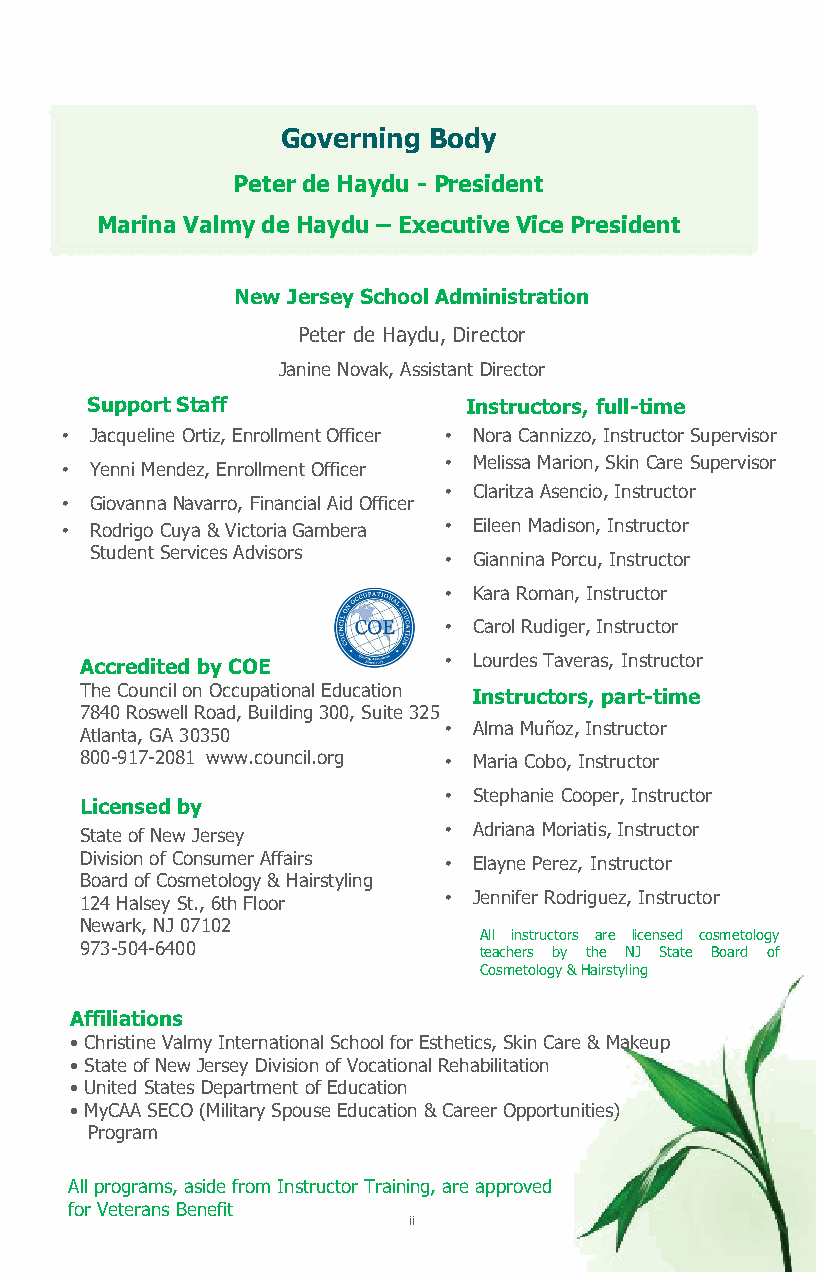
Governing Body
 Peter de Haydu - President
 Marina Valmy de Haydu – Executive Vice President
 New Jersey School Administration
 Peter de Haydu, Director
 Janine Novak, Assistant Director
 Support Staff            Instructors, full-time
 • Jacqueline Ortiz, Enrollment Officer • Nora Cannizzo, Instructor Supervisor
 • Yenni Mendez, Enrollment Officer • Melissa Marion, Skin Care Supervisor
 • Claritza Asencio, Instructor
 • Giovanna Navarro, Financial Aid Officer
 • Rodrigo Cuya & Victoria Gambera • Eileen Madison, Instructor
 Student Services Advisors • Giannina Porcu, Instructor
 • Kara Roman, Instructor
 • Carol Rudiger, Instructor
 Accredited by COE       • Lourdes Taveras, Instructor
 The Council on Occupational Education
 I nstructors, part-time
 7840 Roswell Road, Building 300, Suite 325
 Atlanta, GA 30350
 • Alma Muñoz, Instructor
 800-917-2081 www.council.org • Maria Cobo, Instructor
 • Stephanie Cooper, Instructor
 Licensed by
 • Adriana Moriatis, Instructor
 State of New Jersey
 Division of Consumer Affairs • Elayne Perez, Instructor
 Board of Cosmetology & Hairstyling
 • Jennifer Rodriguez, Instructor
 124 Halsey St., 6th Floor
 Newark, NJ 07102
 All instructors are licensed cosmetology
 973-504-6400               teachers by the NJ State Board of
 Cosmetology & Hairstyling
 Affiliations
 • Christine Valmy International School for Esthetics, Skin Care & Makeup
 • State of New Jersey Division of Vocational Rehabilitation
 • United States Department of Education
 • MyCAA SECO (Military Spouse Education & Career Opportunities)
 Program
 All programs, aside from Instructor Training, are approved
 for Veterans Benefit
 ii
 ii